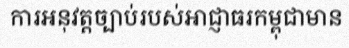
ការអនុវត្តច្បាប់របស់អាជ្ញាធរកម្ពុជាមាន